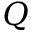
Q